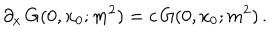
\partial _ { x } \, G ( 0 , x _ { 0 } ; m ^ { 2 } ) = c \, G ( 0 , x _ { 0 } ; m ^ { 2 } ) \, .